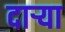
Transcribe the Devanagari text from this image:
दार्‍या